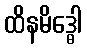
ထိနမိဒ္ဓေါ